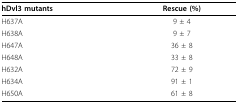
<table><thead><tr><td><b>hDvl3 mutants</b></td><td><b>Rescue (%)</b></td></tr></thead><tbody><tr><td>H637A</td><td>9 ± 4</td></tr><tr><td>H638A</td><td>9 ± 7</td></tr><tr><td>H647A</td><td>36 ± 8</td></tr><tr><td>H648A</td><td>33 ± 8</td></tr><tr><td>H632A</td><td>72 ± 9</td></tr><tr><td>H634A</td><td>91 ± 1</td></tr><tr><td>H650A</td><td>61 ± 8</td></tr></tbody></table>